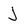
Character: J